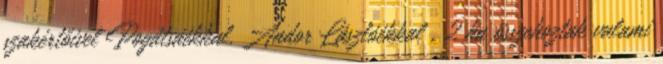
szakértőivel Pogátsáékkal, Andor Lászlóékkal , 2 ha összehoztak valami